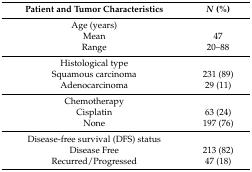
<table><thead><tr><td><b>Patient and Tumor Characteristics</b></td><td><b><i>N</i> (%)</b></td></tr></thead><tbody><tr><td>Age (years)</td><td></td></tr><tr><td>Mean</td><td>47</td></tr><tr><td>Range</td><td>20–88</td></tr><tr><td>Histological type</td><td></td></tr><tr><td>Squamous carcinoma</td><td>231 (89)</td></tr><tr><td>Adenocarcinoma</td><td>29 (11)</td></tr><tr><td>Chemotherapy</td><td></td></tr><tr><td>Cisplatin</td><td>63 (24)</td></tr><tr><td>None</td><td>197 (76)</td></tr><tr><td>Disease-free survival (DFS) status</td><td></td></tr><tr><td>Disease Free</td><td>213 (82)</td></tr><tr><td>Recurred/Progressed</td><td>47 (18)</td></tr></tbody></table>